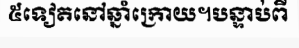
៥ទៀតនៅឆ្នាំក្រោយ។បន្ទាប់ពី